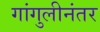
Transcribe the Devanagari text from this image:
गांगुलीनंतर